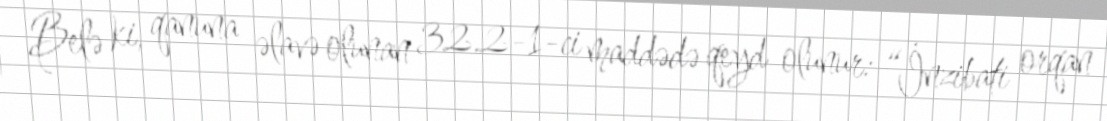
Belə ki, qanuna əlavə olunan 32.2-1-ci maddədə qeyd olunur: “İnzibati orqan